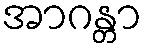
အာဂန္တာ